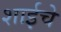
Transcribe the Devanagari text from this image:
शाईचे